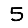
Digit: 5